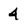
Character: 4